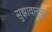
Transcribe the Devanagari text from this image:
सुझावानुसार